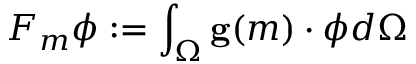
F _ { m } \boldsymbol { \phi } : = \int _ { \Omega } \mathbf { g } ( m ) \cdot \boldsymbol { \phi } d \Omega